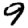
Digit: 9